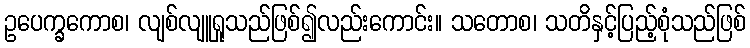
ဥပေက္ခကောစ၊ လျစ်လျူရှုသည်ဖြစ်၍လည်းကောင်း။ သတောစ၊ သတိနှင့်ပြည့်စုံသည်ဖြစ်